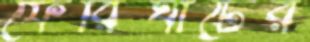
ফেরিঘাটের